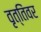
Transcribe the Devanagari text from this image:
वृत्तिंवर